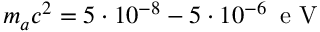
m _ { a } c ^ { 2 } = 5 \cdot 1 0 ^ { - 8 } - 5 \cdot 1 0 ^ { - 6 } \, \mathrm { ~ e ~ V ~ }